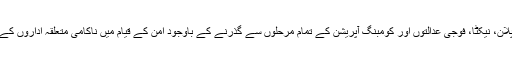
ضرب عضب، نیشنل ایکشن پلان، نیکٹا، فوجی عدالتوں اور کومبنگ آپریشن کے تمام مرحلوں سے گذرنے کے باوجود امن کے قیام میں ناکامی متعلقہ اداروں کے صلاحیت پرسوالیہ نشان ہے۔